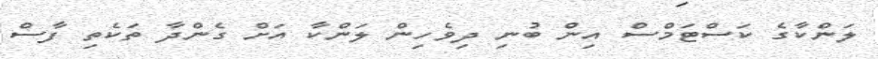
ލަންކާގެ ކަސްޓަމްސް އިން ބުނި ދިވެހިން ލަންކާ އަށް ގެންދާ ތަކެތި ފާސް